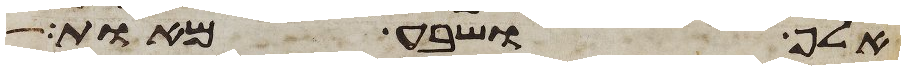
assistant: אלף ושבע מאות